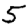
Digit: 5